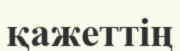
қажеттің